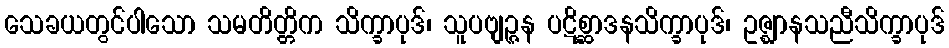
သေခယတွင်ပါသော သမတိတ္တိက သိက္ခာပုဒ်၊ သူပဗျဉ္ဇန ပဋိစ္ဆာဒနသိက္ခာပုဒ်၊ ဥဇ္ဈာနသညီသိက္ခာပုဒ်